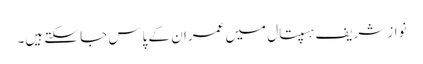
نواز شریف ہسپتال میں عمران کے پاس جا سکتے ہیں۔